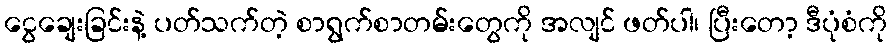
ငွေချေးခြင်းနဲ့ ပတ်သက်တဲ့ စာရွက်စာတမ်းတွေကို အလျင် ဖတ်ပါ၊ ပြီးတော့ ဒီပုံစံကို